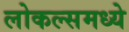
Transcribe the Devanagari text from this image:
लोकल्समध्ये